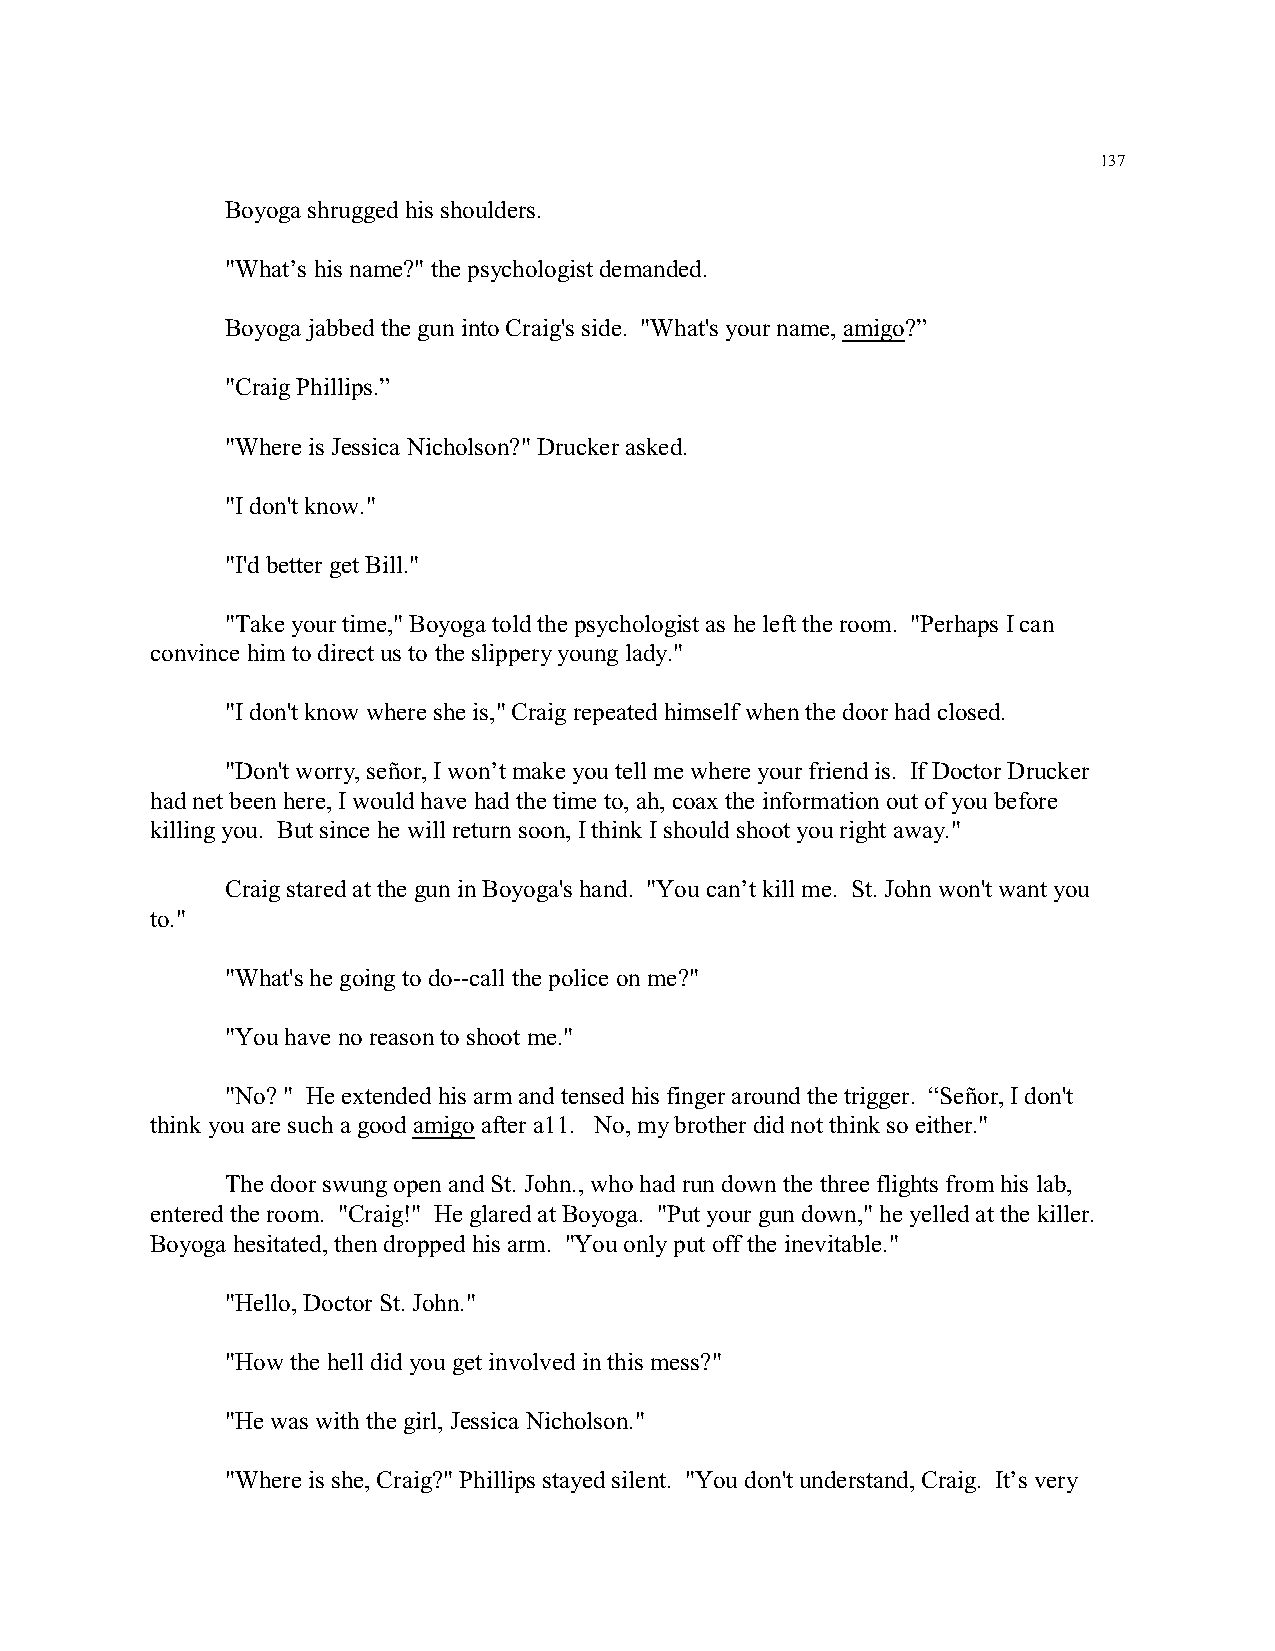
137
 Boyoga shrugged his shoulders.
 "What’s his name?" the psychologist demanded.
 Boyoga jabbed the gun into Craig's side. "What's your name, amigo?”
 "Craig Phillips.”
 "Where is Jessica Nicholson?" Drucker asked.
 "I don't know."
 "I'd better get Bill."
 "Take your time," Boyoga told the psychologist as he left the room. "Perhaps I can
 convince him to direct us to the slippery young lady."
 "I don't know where she is," Craig repeated himself when the door had closed.
 "Don't worry, señor, I won’t make you tell me where your friend is. If Doctor Drucker
 had net been here, I would have had the time to, ah, coax the information out of you before
 killing you. But since he will return soon, I think I should shoot you right away."
 Craig stared at the gun in Boyoga's hand. "You can’t kill me. St. John won't want you
 to."
 "What's he going to do--call the police on me?"
 "You have no reason to shoot me."
 "No? " He extended his arm and tensed his finger around the trigger. “Señor, I don't
 think you are such a good amigo after a11. No, my brother did not think so either."
 The door swung open and St. John., who had run down the three flights from his lab,
 entered the room. "Craig!" He glared at Boyoga. "Put your gun down," he yelled at the killer.
 Boyoga hesitated, then dropped his arm. "You only put off the inevitable."
 "Hello, Doctor St. John."
 "How the hell did you get involved in this mess?"
 "He was with the girl, Jessica Nicholson."
 "Where is she, Craig?" Phillips stayed silent. "You don't understand, Craig. It’s very